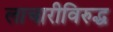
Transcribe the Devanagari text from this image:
लाचारीविरुद्ध